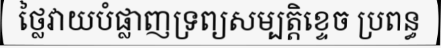
ថ្លៃវាយបំផ្លាញទ្រព្យសម្បត្តិខ្ទេច ប្រពន្ធ